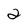
Character: 2